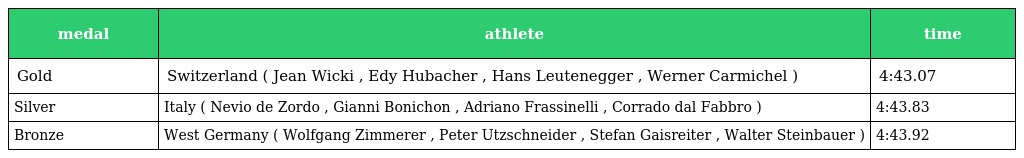
| medal | athlete | time |
 | --- | --- | --- |
 | Gold | Switzerland ( Jean Wicki , Edy Hubacher , Hans Leutenegger , Werner Carmichel ) | 4:43.07 |
 | Silver | Italy ( Nevio de Zordo , Gianni Bonichon , Adriano Frassinelli , Corrado dal Fabbro ) | 4:43.83 |
 | Bronze | West Germany ( Wolfgang Zimmerer , Peter Utzschneider , Stefan Gaisreiter , Walter Steinbauer ) | 4:43.92 |